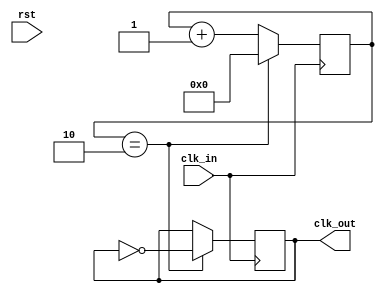
`timescale 1ns / 1ps
//////////////////////////////////////////////////////////////////////////////////
// Company: 
// Engineer: 
// 
// Design Name: 
// Module Name:    clk 
// Project Name: 
// Target Devices: 
// Tool versions: 
// Description: 
//
// Dependencies: 
//
// Revision: 
// Revision 0.01 - File Created
// Additional Comments: 
//
//////////////////////////////////////////////////////////////////////////////////
module clk(
    input clk_in,
	 input rst, 
    output reg clk_out
    );
reg[7:0] cnt;
initial clk_out = 0;
initial cnt = 0;
always@(posedge clk_in)
begin
    
	     if(cnt == 2)
		      begin
				    clk_out <= ~clk_out;
					 cnt <= 0;
				end
		  else 
		      cnt <= cnt + 1;
	
end

endmodule